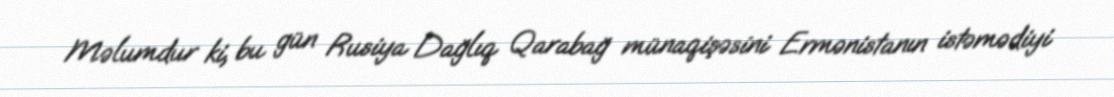
Məlumdur ki, bu gün Rusiya Dağlıq Qarabağ münaqişəsini Ermənistanın istəmədiyi